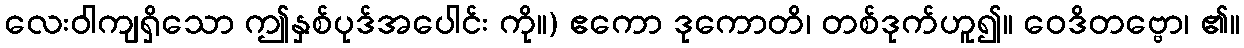
လေးဝါကျရှိသော ဤနှစ်ပုဒ်အပေါင်း ကို။) ဧကော ဒုကောတိ၊ တစ်ဒုက်ဟူ၍။ ဝေဒိတဗ္ဗော၊ ၏။